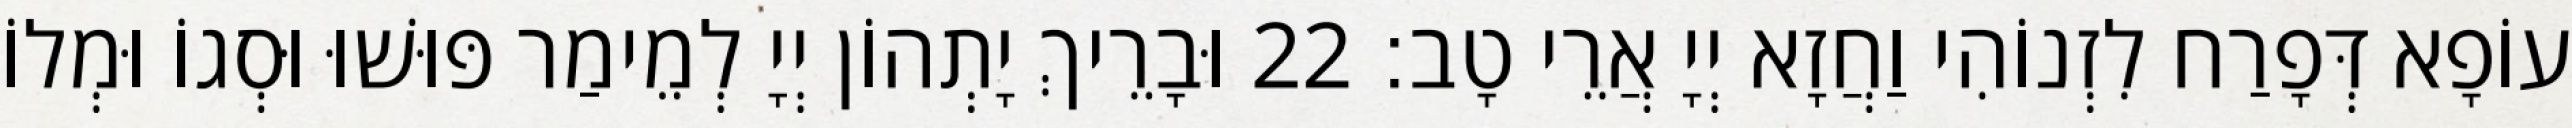
עוֹפָא דְּפָרַח לִזְנוֹהִי וַחֲזָא יְיָ אֲרֵי טָב׃ 22 וּבָרֵיךְ יָתְהוֹן יְיָ לְמֵימַר פּוּשׁוּ וּסְגוֹ וּמְלוֹ